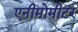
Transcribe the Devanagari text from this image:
एनीमोमीटर